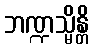
ဘဏ္ဍသ္မိန္တိ